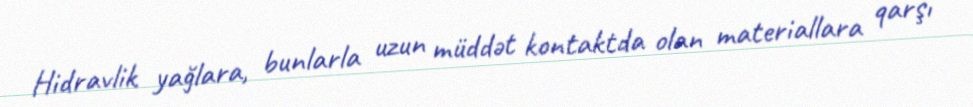
Hidravlik yağlara, bunlarla uzun müddət kontaktda olan materiallara qarşı